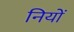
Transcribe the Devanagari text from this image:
नियों